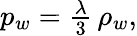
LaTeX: \begin{array}{r}{p_{w}=\frac{\lambda}{3}\, \rho_{w},}\end{array}